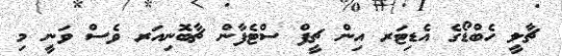
ޗާލީ ހެބްޑޯގެ އެޑިޓަރ އިން ޗީފް ސްޓެފާން ޗާބޮނިއަރ ވެސް ވަނީ މި